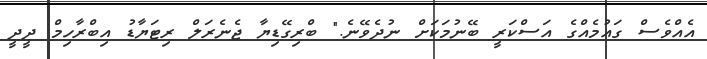
އެއްވެސް ގައުމެއްގެ އަަސްކަރީ ބޭނުމަކަށް ނުދެވޭނެ." ބްރިގޭޑިޔާ ޖެނެރަލް ރިޓަޔާޑު އިބްރާހިމް ދީދީ